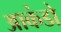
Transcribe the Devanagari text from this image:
आकंडो